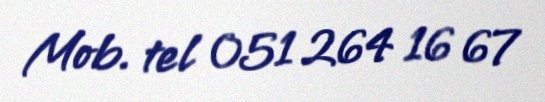
Mob. tel 051 264 16 67